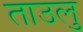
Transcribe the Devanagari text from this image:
ताउलु